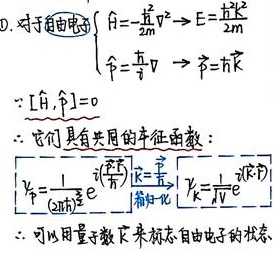
D. 对于自由电子
\(\begin{cases}\hat{H}=-\frac{\hbar^{2}}{2m}\nabla^{2} \Rightarrow E = \frac{\hbar^{2}k^{2}}{2m}\\\hat{p}=\frac{\hbar}{\mathrm{i}}\nabla \Rightarrow \vec{p}=\hbar\vec{k}\end{cases}\)
\(\because[\hat{H},\hat{p}]=0\)
\(\therefore\)它们具有共同的本征函数：\(\psi_{\vec{p}}=\frac{1}{(2\pi\hbar)^{\frac{3}{2}}}e^{\mathrm{i}(\frac{\vec{p}\cdot\vec{r}}{\hbar})}\)
\(\overset{\vec{k}=\frac{\vec{p}}{\hbar}}{\text{简化}}\)
\(\psi_{\vec{k}}=\frac{1}{\sqrt{V}}e^{\mathrm{i}(\vec{k}\cdot\vec{r})}\)
\(\therefore\)可以用量子数\(\vec{k}\)来标志自由电子的状态